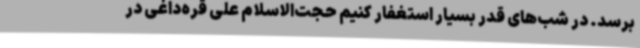
برسد. در شب‌های قدر بسیار استغفار کنیم حجت‌الاسلام علی قره‌داغی در